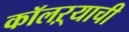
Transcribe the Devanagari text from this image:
कॉलऱ्याची